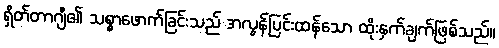
ရှိတ်တာဂျီ၏ သစ္စာဖောက်ခြင်းသည် အလွန်ပြင်းထန်သော ထိုးနှက်ချက်ဖြစ်သည်။